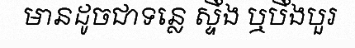
មានដូចជាទន្លេ ស្ទឹង ឬបឹងបួរ